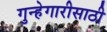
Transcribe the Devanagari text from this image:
गुन्हेगारीसाठी